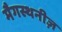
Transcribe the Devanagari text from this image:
मैगस्थनीज़